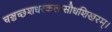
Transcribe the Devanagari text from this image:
चञ्चच्छशधरकलासौधशिखरम्।